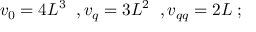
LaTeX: v _ { 0 } = 4 L ^ { 3 } \; \; , v _ { q } = 3 L ^ { 2 } \; \; , v _ { q q } = 2 L \; ;